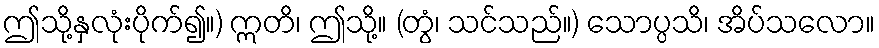
ဤသို့နှလုံးပိုက်၍။) ဣတိ၊ ဤသို့။ (တွံ၊ သင်သည်။) သောပ္ပသိ၊ အိပ်သလော။